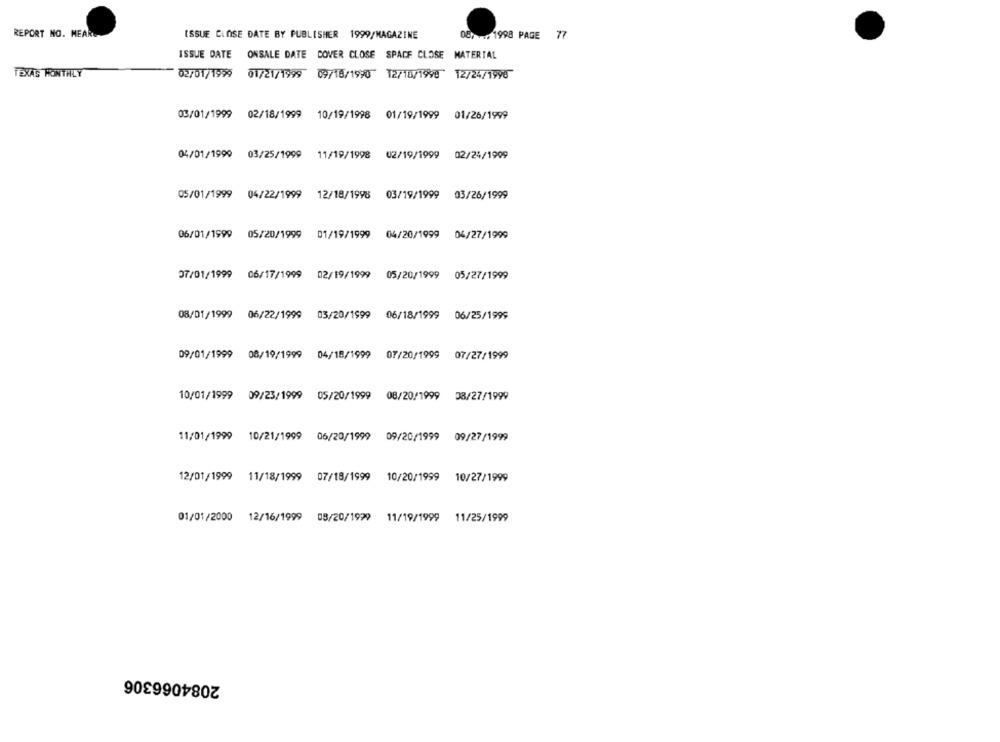
REPORT NO. MEARG
ISSUE CLOSE DATE BY PUBLISHER 1999/MAGAZINE
057 / 1998 PAGE 77
ISSUE DATE
ONSALE DATE COVER CLOSE SPACE CLOSE MATERIAL
TEXAS MONTHLY
02/01/1999 01/21/1999 09/18/1920 12/10/1990 12/24/1990
03/01/1999 02/18/1999 10/19/1998 01/19/1999 01/26/1999
04/01/1999 03/25/1999 11/19/1998 02/19/1999 02/24/1909
05/01/1999 04/22/1999 12/18/1998 03/19/1999 03/26/1999
06/01/1999 05/20/1999 01/19/1999 04/20/1999 04/27/1999
07/01/1999 06/17/1999 02/19/1999 05/20/1999 05/27/1999
08/01/1999 06/22/1999
03/20/1999
06/18/1999 06/25/1999
09/01/1999 08/19/1999 04/18/1999
07/20/1999 07/27/1999
10/01/1999 09/23/1999 05/20/1999 08/20/1999 08/27/1999
11/01/1999 10/21/1999 06/20/1999 09/20/1999 09/27/1999
12/01/1999 11/18/1999
07/18/1999
10/20/1999 10/27/1999
01/01/2000 12/16/1999 08/20/1999 11/19/1999 11/25/1999
2084066306